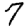
Digit: 7